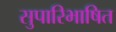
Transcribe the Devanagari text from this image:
सुपारिभाषित